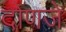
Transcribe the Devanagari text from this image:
दोणजे